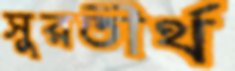
সুরতীর্থ